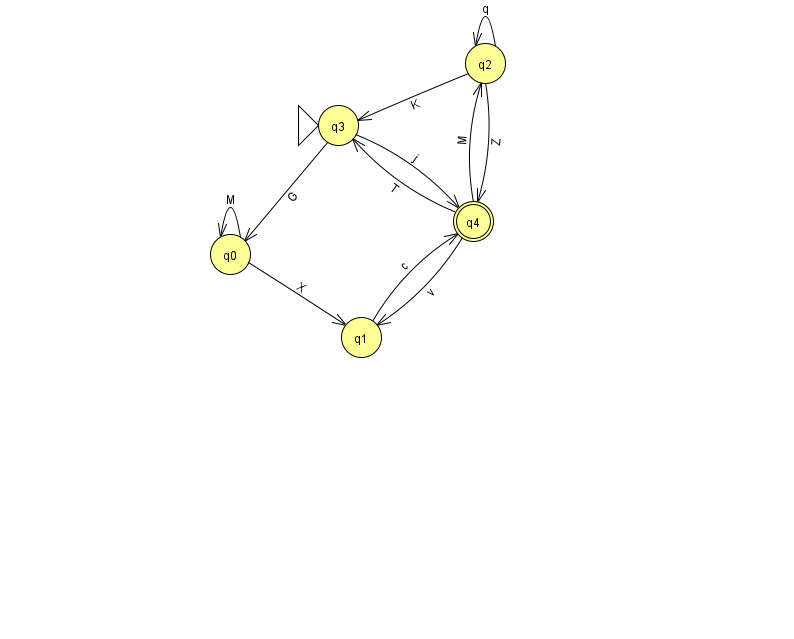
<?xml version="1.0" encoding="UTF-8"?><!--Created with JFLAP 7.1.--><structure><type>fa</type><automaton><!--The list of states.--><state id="0" name="q0"><x>230.0</x><y>241.0</y></state><state id="1" name="q1"><x>361.0</x><y>324.0</y></state><state id="2" name="q2"><x>485.0</x><y>50.0</y></state><state id="3" name="q3"><x>338.0</x><y>112.0</y><initial/></state><state id="4" name="q4"><x>473.0</x><y>208.0</y><final/></state><!--The list of transitions.--><transition><from>0</from><to>1</to><read>X</read></transition><transition><from>1</from><to>4</to><read>c</read></transition><transition><from>2</from><to>2</to><read>q</read></transition><transition><from>3</from><to>4</to><read>j</read></transition><transition><from>4</from><to>1</to><read>v</read></transition><transition><from>2</from><to>3</to><read>K</read></transition><transition><from>3</from><to>0</to><read>G</read></transition><transition><from>4</from><to>2</to><read>M</read></transition><transition><from>0</from><to>0</to><read>M</read></transition><transition><from>2</from><to>4</to><read>Z</read></transition><transition><from>4</from><to>3</to><read>T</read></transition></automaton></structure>